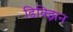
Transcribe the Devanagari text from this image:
डिविझ़न